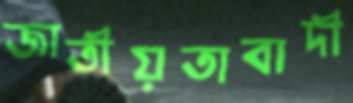
জাতীয়তাবাদী